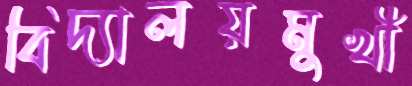
বিদ্যালয়মুখী